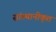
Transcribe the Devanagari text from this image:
सांस्थानीकृत